Report on sanitation, dispensaries, and jails in Rajputana for 1916, and on vaccination for the year 1916-1917 - 1916-1917
Year: 1916
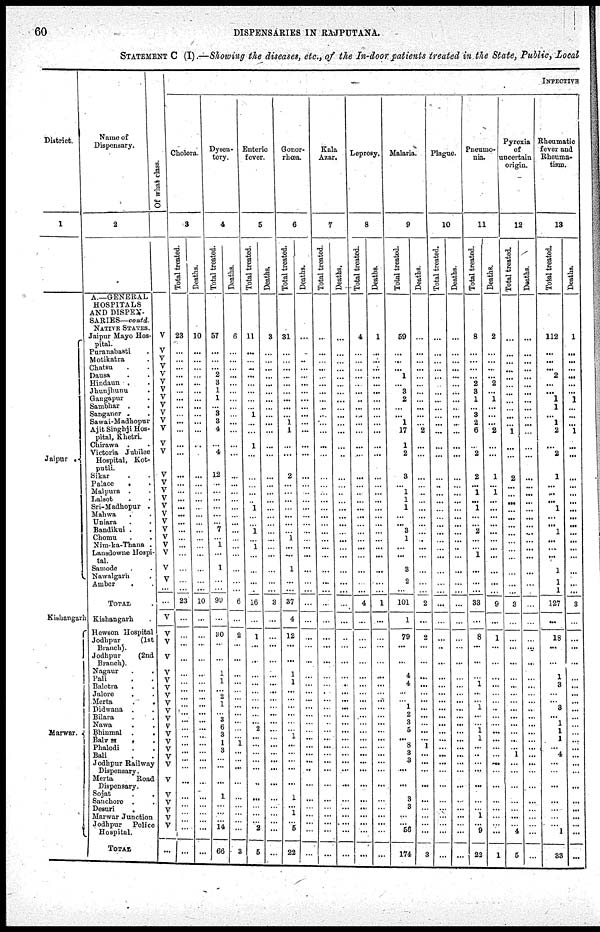
60
DISPENSARIES IN RAJPUTANA.
STATEMENT C (I).—Showing the diseases, etc., of the In-door patients treated in the State, Public, Local
District.
1
Jaipur .
Kishangarh
Marwar.
Name of
Dispensary.
2
A.—GENERAL
HOSPITALS
AND DISPEN-
SARIES—contd.
NATIVE STATES.
Jaipur Mayo Hos-
pital.
Puranabasti .
Motikatra .
Chatsu . .
Dausa . .
Hindaun . .
Jhunjhunu .
Gangapur .
Sambhar . .
Sanganer . .
Sawai-Madhopur
Ajit Singhji Hos-
pital, Khetri.
Chirawa .
.
Victoria Jubilee
Hospital, Kot-
putli.
Sikar . .
Palace . .
Malpura . .
Lalsot . .
Sri-Madhopur .
Mahwa . .
Uniara . .
Bandikui . .
Chomu . .
Nim-ka-Thana .
Lansdowne Hospi-
tal.
Samode . .
Nawalgarh .
Amber .
TOTAL .
Kishangarh .
Hewson Hospital
Jodhpur (1st
Branch).
Jodhpur (2nd
Branch).
Nagaur . .
Pali . .
Balotra . .
Jalore . .
Merta . .
Didwana . .
Bilara . .
Nawa . .
Bhinmal . .
Balw si . .
Phalodi . .
Bali . .
Jodhpur Railway
Dispensary.
Merta
Road
Dispensary.
Sojat . .
Sanchore . .
Desuri .
Marwar Junction
Jodhpur Police
Hospital.
TOTAL
Of what class.
V
V
V
V
V
V V
V
V
V
V
V
V
V
V
V
V
V
V
V
V
V
V
V
V
V
V
...
...
V
V
V
V
V
V
V
V
V
V
V
V
V
V
V
V
V
V
V
V
V
V
V
...
INFECTIVE
Cholera.
3
Total treated.
23
...
...
...
...
...
...
...
...
...
...
...
...
...
...
...
...
...
...
...
...
...
...
...
...
...
...
...
23
...
...
...
...
...
...
...
...
...
...
...
...
...
...
...
...
...
...
...
...
...
...
...
...
Deaths.
10
...
...
...
...
...
...
...
...
...
...
...
...
...
...
...
...
...
...
...
...
...
...
...
...
...
...
...
10
...
...
...
...
...
...
...
...
...
...
...
...
...
...
...
...
...
...
...
...
...
...
...
...
Dysen-
tery.
4
Total treated.
57
...
...
...
2
3
1
1
...
3
3
4
...
4
12
...
...
...
...
...
...
7
...
1
...
1
...
...
99
...
30
...
...
1
1
...
2
1
...
3 6
3
1
3
...
...
...
1
...
...
...
14
66
Deaths.
6
...
...
...
...
...
...
...
...
...
...
...
...
...
...
...
...
...
...
...
...
...
...
...
...
...
...
...
6
...
2
...
...
...
...
...
...
...
...
...
...
...
1
...
...
...
...
...
...
...
...
...
3
Enteric
fever.
5
Total treated.
11
...
...
...
...
...
...
...
...
1
...
...
1
...
...
...
...
...
1
...
...
1
...
1
...
...
...
...
16
...
1
...
...
...
...
...
...
...
...
... 2
...
...
...
...
...
...
...
...
...
...
2
5
Deaths.
3
...
...
...
...
...
...
...
...
...
...
...
...
...
...
...
...
...
...
...
...
...
...
...
...
...
...
...
3
...
...
...
...
...
...
...
...
...
...
...
...
...
...
...
...
...
...
...
...
...
...
...
...
Gonor-
rhœa.
6
Total treated.
31
...
...
...
...
...
...
...
...
...
1
1
...
...
2
...
...
...
...
...
...
...
1
...
...
1
...
...
37
4
12
...
...
1
1
...
...
...
...
...
...
1
...
...
...
...
...
1
...
1
...
5
22
Deaths.
...
...
...
...
...
...
...
...
...
...
...
...
...
...
...
...
...
...
...
...
...
...
...
...
...
...
...
...
...
...
...
...
...
...
...
...
...
...
...
...
...
...
...
...
...
...
...
...
...
...
...
...
...
Kala
Azar.
7
Total treated.
...
...
...
...
...
...
...
...
...
...
...
...
...
...
...
...
...
...
...
...
...
...
...
...
...
...
...
...
...
...
...
...
...
...
...
...
...
...
...
...
...
...
...
...
...
...
...
...
...
...
...
...
...
Deaths.
...
...
...
...
...
...
...
...
...
...
...
...
...
...
...
...
...
...
...
...
...
...
...
...
...
...
...
...
...
...
...
...
...
...
...
...
...
...
...
...
...
...
...
...
...
...
...
...
...
...
...
...
...
Leprosy.
8
Total treated.
4
...
...
...
...
...
...
...
...
...
...
...
...
...
...
...
...
...
...
...
...
...
...
...
...
...
...
...
4
...
...
...
...
...
...
...
...
...
...
...
...
...
...
...
...
...
...
...
...
...
...
...
...
Deaths.
1
...
...
...
...
...
...
...
...
...
...
...
...
...
...
...
...
...
...
...
...
...
...
...
...
...
...
...
1
...
...
...
...
...
...
...
...
...
...
...
...
...
...
...
...
...
...
...
...
...
...
...
...
Malaria.
9
Total treated.
59
...
...
...
1
...
3
2
...
...
1
17
1
2
3
...
1
1
1
...
...
3
1
...
...
3
2
...
101
1
79
...
...
4
4
...
...
1
2
3
5
...
8
3
3
...
...
3
3
...
...
56
174
Deaths.
...
...
...
...
...
...
...
...
...
...
...
2
...
...
...
...
...
...
...
...
...
...
...
...
...
...
...
...
2
...
2
...
...
...
...
...
...
...
...
...
...
...
1
...
...
...
...
...
...
...
...
...
3
Plague.
10
Total treated.
...
...
...
...
...
...
...
...
...
...
...
...
...
...
...
...
...
...
...
...
...
...
...
...
...
...
...
...
...
...
...
...
...
...
...
...
...
...
...
...
...
...
...
...
...
...
...
...
...
...
...
...
...
Deaths.
...
...
...
...
...
...
...
...
...
...
...
...
...
...
...
...
...
...
...
...
...
...
...
...
...
...
...
...
...
...
...
...
...
...
...
...
...
...
...
...
...
...
...
...
...
...
...
...
...
...
...
...
...
Pneumo-
nia.
11
Total treated.
8
...
...
...
...
2
3
1
...
3
2
6
...
2
2
...
1
...
1
...
...
2
...
...
1
...
...
...
33
...
8
...
...
...
1
...
...
1
...
...
1
1
...
...
...
...
...
...
... 1
...
9
22
Deaths.
2
...
...
...
...
2
...
1
...
...
...
2
...
...
1
...
1
...
...
...
...
...
...
...
...
...
...
...
9
...
1
...
...
...
...
...
...
...
...
...
...
...
...
...
...
...
...
...
...
...
...
...
1
Pyrexia
of
uncertain
origin.
12
Total treated.
...
...
...
...
...
...
...
...
...
...
...
1
...
...
2
...
...
...
...
...
...
...
...
...
...
...
...
...
3
...
...
...
...
...
...
...
...
...
...
...
...
...
...
1
...
...
...
...
...
...
...
4
5
Deaths.
...
...
...
...
...
...
...
...
...
...
...
...
...
...
...
...
...
...
...
...
...
...
...
...
...
...
...
...
...
...
...
...
...
...
...
...
...
...
...
...
...
...
...
...
...
...
...
...
...
...
...
...
...
Rheumatic
fever and
Rheuma-
tism.
13
Total treated.
112
...
...
...
2
...
...
1
1
...
1
2
...
2
1
...
...
...
1
...
...
1
...
...
...
1
1
1
127
...
18
...
...
1
3
...
...
3
...
1
1
1
...
4
...
...
...
...
...
...
...
1
33
Deaths.
1
...
...
...
...
...
...
1
...
...
...
1
...
...
...
...
...
...
...
...
...
...
...
...
...
...
...
...
3
...
...
...
...
...
...
...
...
...
...
...
...
...
...
...
...
...
...
...
...
...
...
...
...